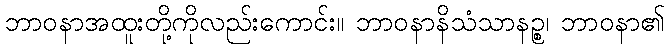
ဘာဝနာအထူးတို့ကိုလည်းကောင်း။ ဘာဝနာနိသံသာနဉ္စ၊ ဘာဝနာ၏